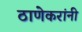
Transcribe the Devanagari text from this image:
ठाणेकरांनी